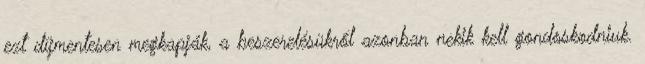
ezt díjmentesen megkapják, a beszerelésükről azonban nekik kell gondoskodniuk.